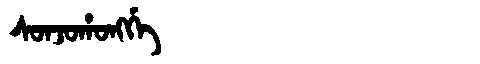
Manchu: ᠰᠣᠨᠵᠣᡥᠣᠩᡤᡝ
Romanization: SONJOHONGGE